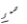
صمم